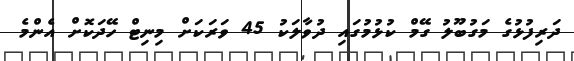
ދަރިފުޅުގެ މަގުބޫލު ގޭމް ކުޅުމުގައި ދުވާލަކު 45 ވަރަކަށް މިނިޓް ހޭދަކޮށް އެންމެ